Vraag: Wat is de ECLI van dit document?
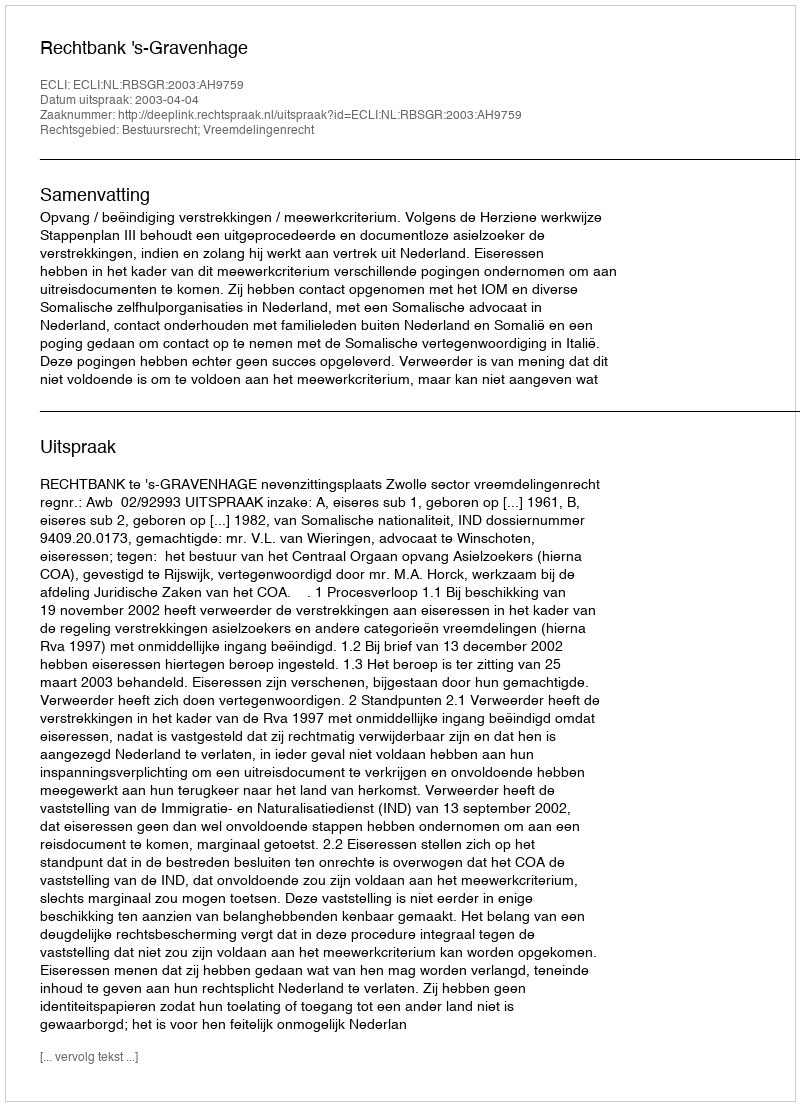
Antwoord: ECLI:NL:RBSGR:2003:AH9759